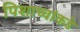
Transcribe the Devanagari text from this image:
पिशाच्चांकडे